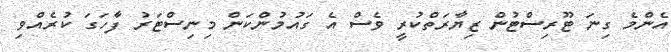
އެންމެ ގިނަ ޓޫރިސްޓުން ޒިޔާރަތްކުރީ ވެސް އެ ގައުމުންކަން މިނިސްޓަރު ފާހަގަ ކުރެއްވި